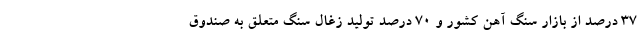
۳۷ درصد از بازار سنگ آهن کشور و ۷۰ درصد تولید زغال سنگ متعلق به صندوق